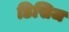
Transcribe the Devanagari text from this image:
डिसिज